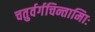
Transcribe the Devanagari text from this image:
चतुर्वर्गचिन्तामािः